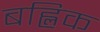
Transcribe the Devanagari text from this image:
बह्लिक